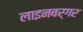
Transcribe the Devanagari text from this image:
लाइनबर्गर